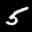
Label: 5